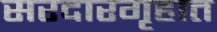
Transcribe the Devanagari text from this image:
सरदारगृहात